Report on the bubonic plague in Bombay, 1896-1897
Year: 1896
Disease focus: Plague
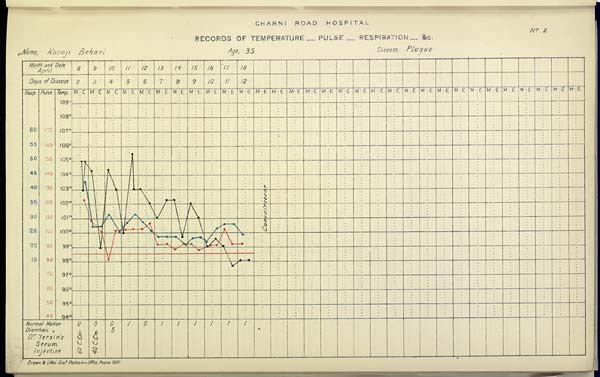
CHARNI
ROAD
HOSPITAL
No. 2
RECORDS OF TEMPERATURE __ PULSE __ RESPIRATION __ &c.
Name,
Koonji
Behari
Age,
35
Disease,
Plague
Drawn & Litho: Govt. Photozinco: Office, Poona 1897.